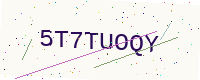
Text: 5T7TUOQY